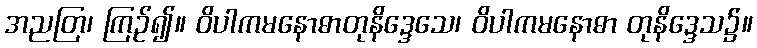
အညတြ၊ ကြဉ်၍။ ဝိပါကမနောဓာတုနိဒ္ဒေသေ၊ ဝိပါကမနောဓာ တုနိဒ္ဒေသ၌။